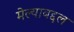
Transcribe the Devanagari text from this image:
मेल्याबद्दल